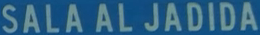
SALA AL JADIDA